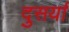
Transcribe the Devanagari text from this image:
दुसर्या